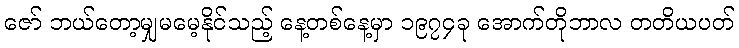
ဇော် ဘယ်တော့မျှမမေ့နိုင်သည့် နေ့တစ်နေ့မှာ ၁၉၇၄ခု အောက်တိုဘာလ တတိယပတ်